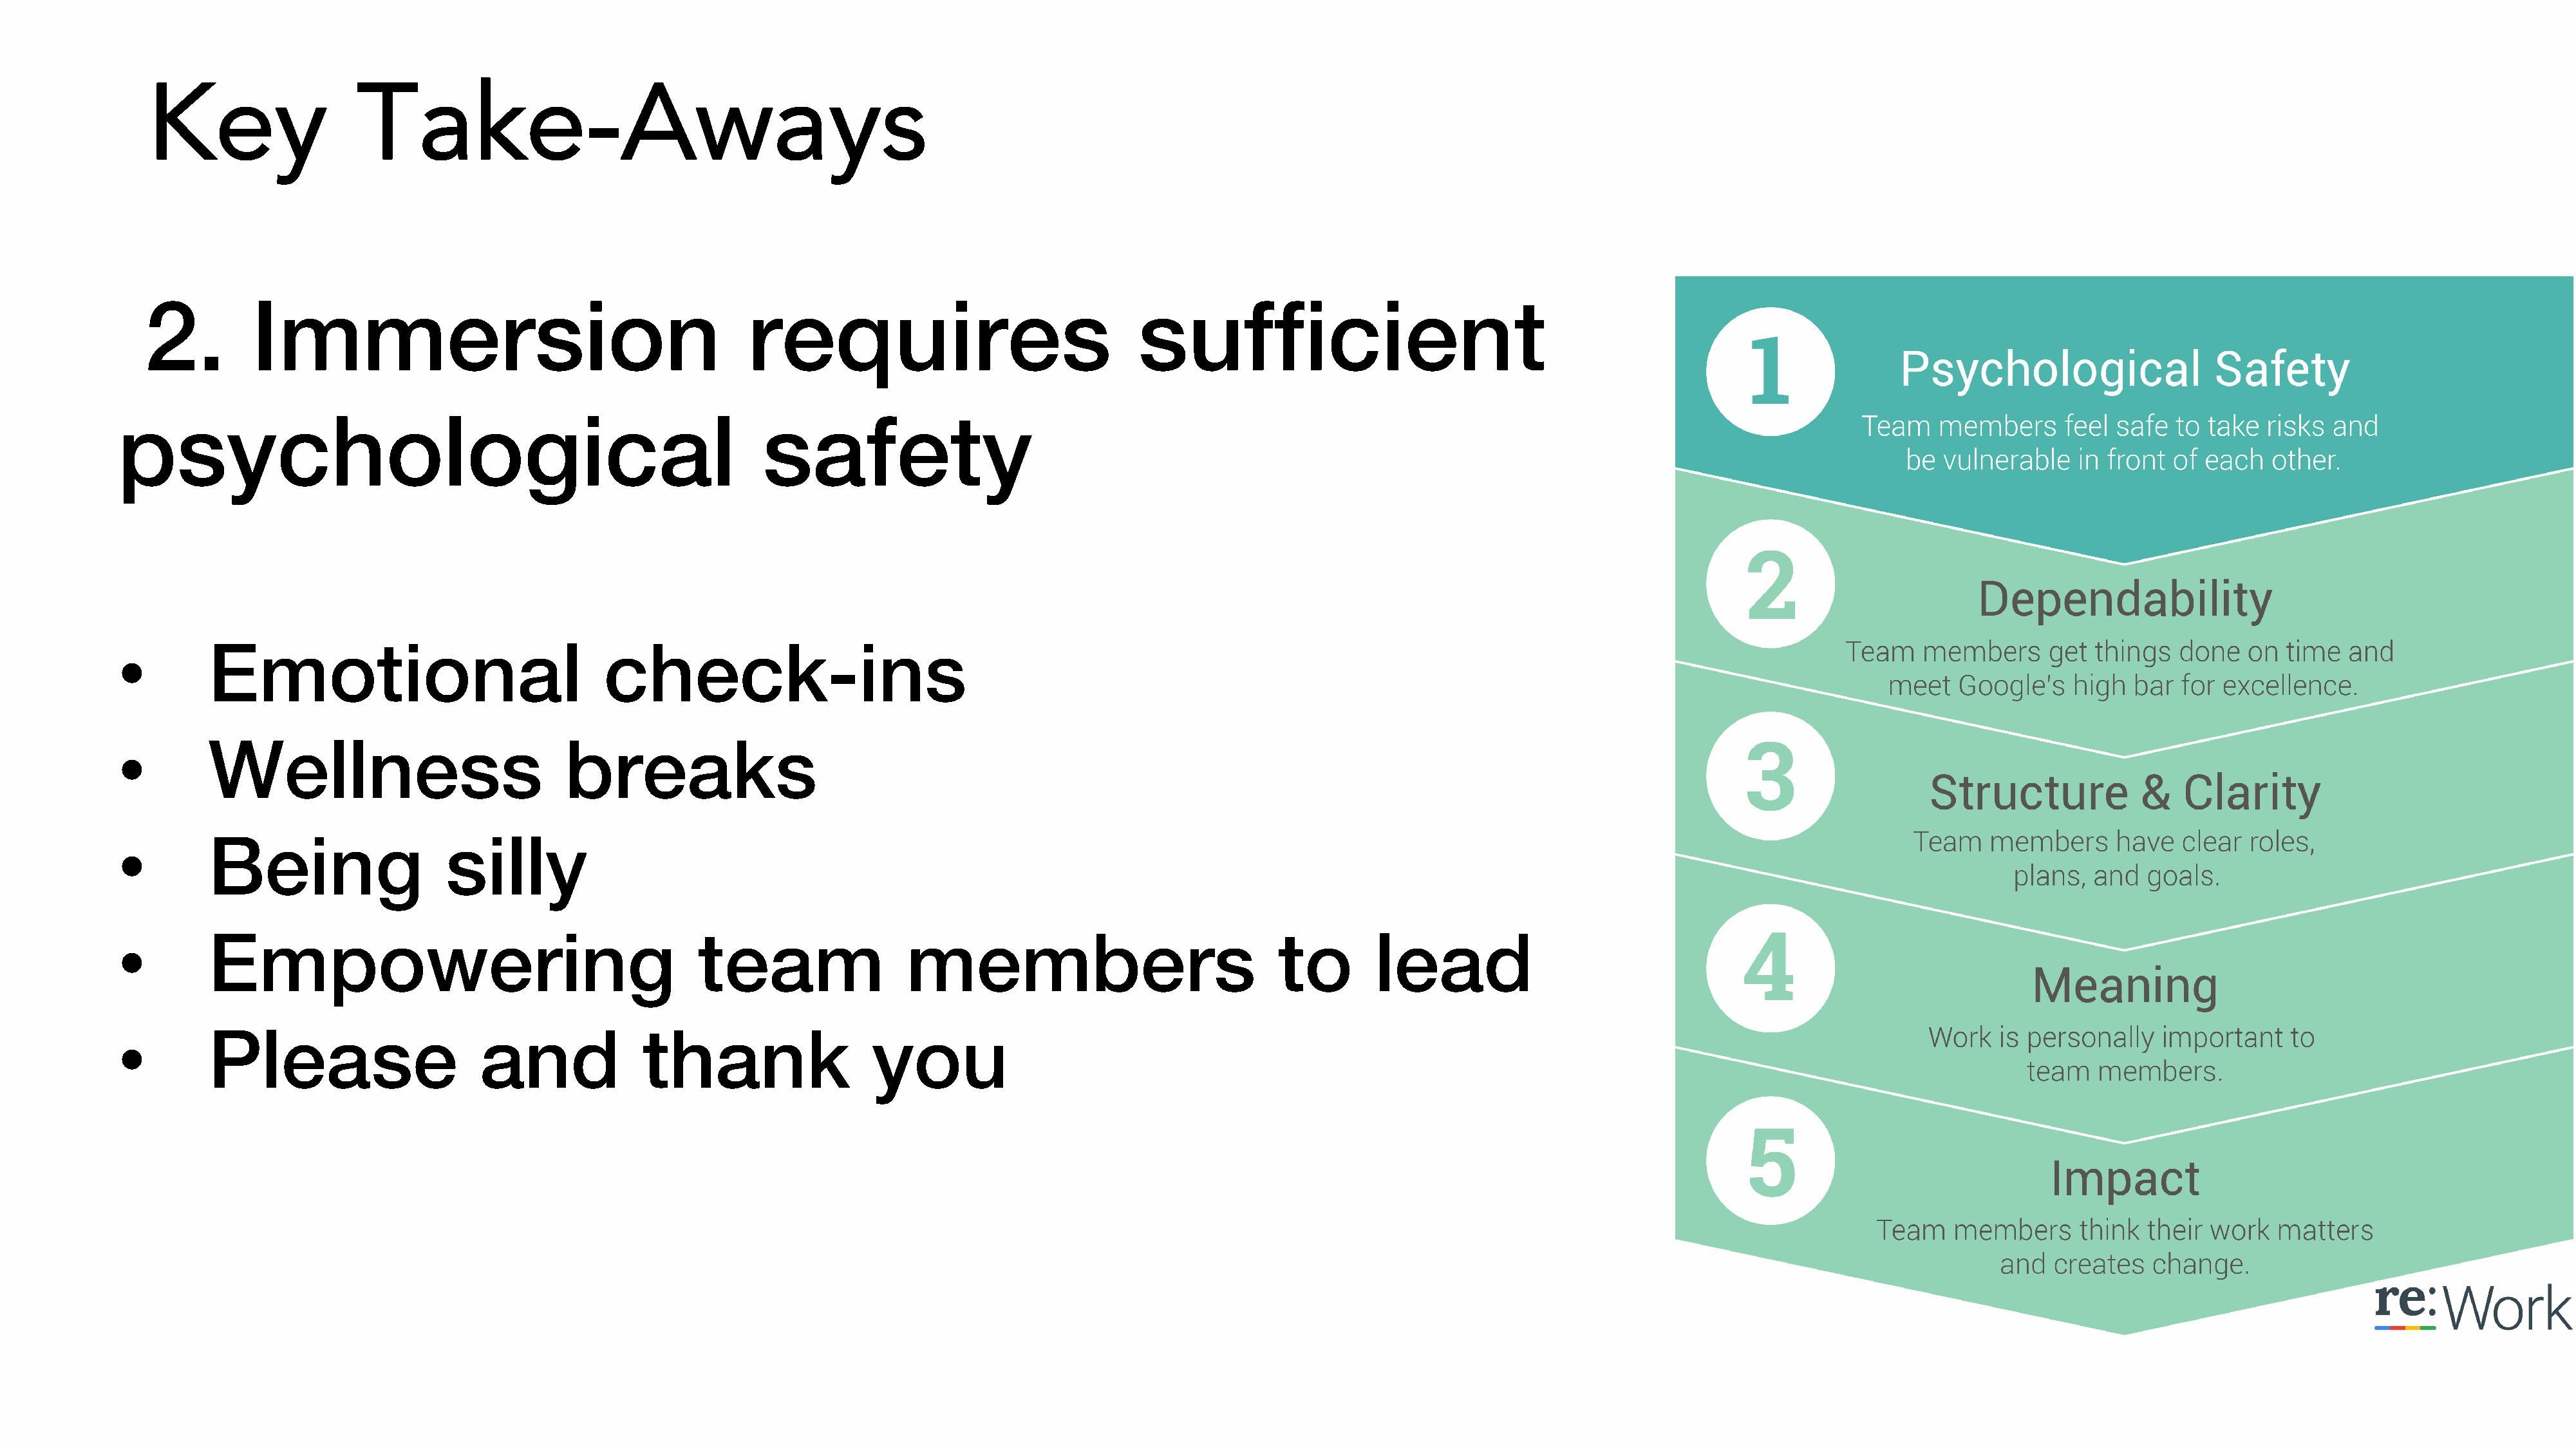
Key                   Take-Aways
 2.         Immersion                                          requires                                sufficient
 psychological                                                     safety
 •        Emotional                                check-ins
 •        Wellness                             breaks
 •        Being                    silly
 •        Empowering                                         team                 members                               to        lead
 •        Please                      and              thank                   you